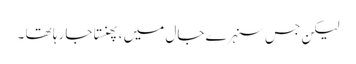
لیکن جس سنہرے جال میں ، پھنستا جا رہا تھا ۔